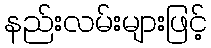
နည်းလမ်းများဖြင့်